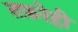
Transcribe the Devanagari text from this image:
तफ़रेही